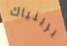
برينياك